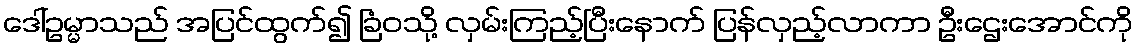
ဒေါ်ဥမ္မာသည် အပြင်ထွက်၍ ခြံဝသို့ လှမ်းကြည့်ပြီးနောက် ပြန်လှည့်လာကာ ဦးဌေးအောင်ကို